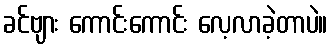
ခင်ဗျား ကောင်းကောင်း လေ့လာခဲ့တာပဲ။